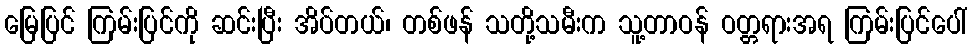
မြေပြင် ကြမ်းပြင်ကို ဆင်းပြီး အိပ်တယ်၊ တစ်ဖန် သတို့သမီးက သူ့တာဝန် ဝတ္တရားအရ ကြမ်းပြင်ပေါ်